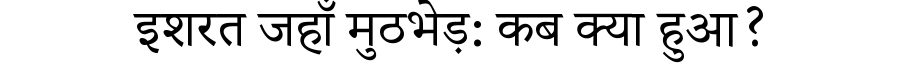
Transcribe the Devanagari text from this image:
इशरत जहाँ मुठभेड़: कब क्या हुआ?